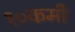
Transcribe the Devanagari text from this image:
१०कमी